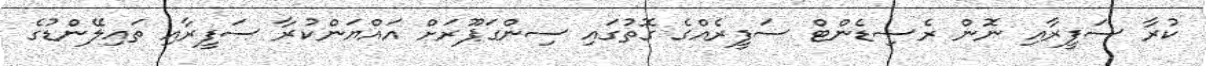
ކުރާ ސަފީރާއި ނޮން ރެސިޑެންޓް ސަފީރެއްގެ ގޮތުގައި ސިންގަޕޫރަށް އައްޔަންކުރާ ސަފީރާއި ތައިލޭންޑުގެ